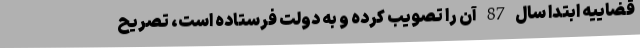
قضاییه ابتدا سال 87 آن را تصویب کرده و به دولت فرستاده است، تصریح